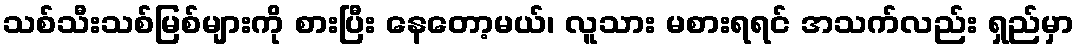
သစ်သီးသစ်မြစ်များကို စားပြီး နေတော့မယ်၊ လူသား မစားရရင် အသက်လည်း ရှည်မှာ